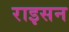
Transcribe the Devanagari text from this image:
राइसन